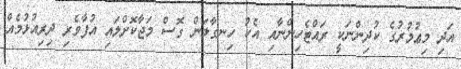
އަދި މިޢުމުރުގެ ކުދިންނަކީ ރައްޓެހިންނާއި އެކު ހިނގާލަން ގޮސް މަޖާކޮށްލައި އުފާވެރި ދިރިއުޅުމެއް